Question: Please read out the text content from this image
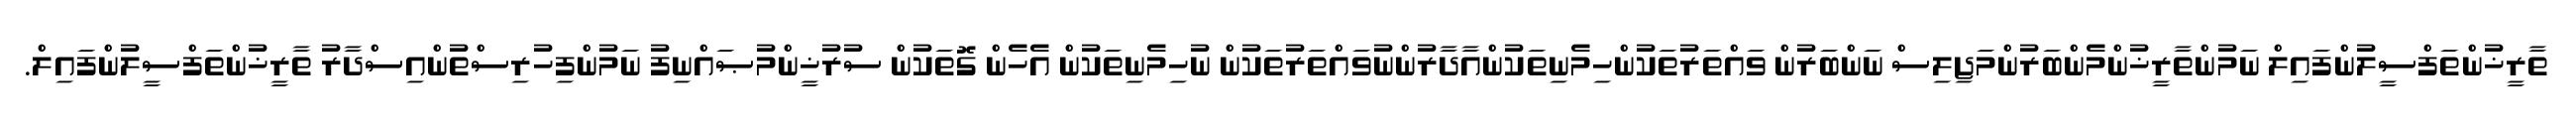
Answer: ތާރީޚުންތަފްސީލުންފައިލް ނަމުންތާރީޚުންމެންބަރުންމަޖިލިސް ނަންބަރުން ވައްތަރުތަކުންހިމެނިތަކުންއާދާރުންނުވައްތަރުތަކުން ނުހިމެނިތަކުން އެހެން ގޮތަކުން ސުރުޚީންމުޞައްނިފު ނަމުންފިހުރިސްތުންއިސްދާރު ތާރީޚުންތަފްސީލުންފައިލް.